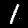
Digit: 1